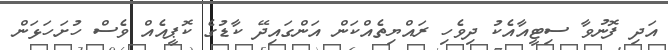
އަދި ފޮނުވާ ސިޓީއާއެކު ދިވެހި ރައްޔިތެއްކަން އަންގައިދޭ ކާޑުގެ ކޮޕީއެއް ވެސް ހުށަހަޅަން